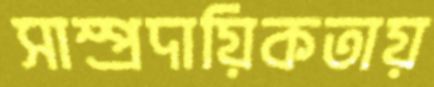
সাম্প্রদায়িকতায়